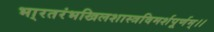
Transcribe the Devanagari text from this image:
भा्रतरंभखिलशास्त्रविमर्शपूर्णम्।।